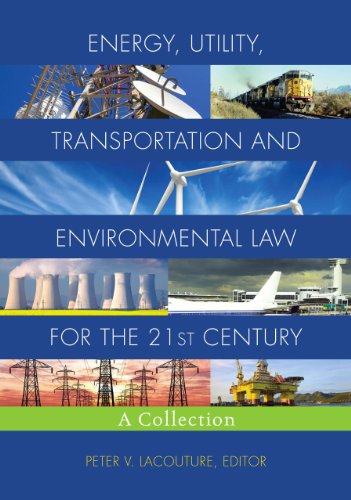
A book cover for Energy, Utility, Transportation and Environmental Law for the 21st Century: A Collection; Law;